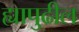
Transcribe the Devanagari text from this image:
ह्यापुढील